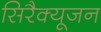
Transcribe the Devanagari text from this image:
सिरैक्यूजन